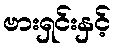
ဗားရှင်းနှင့်